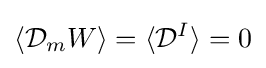
\langle {\mathcal {D}}_{m}W\rangle =\langle {\mathcal {D}}^{I}\rangle =0